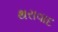
થરાવાદ